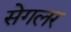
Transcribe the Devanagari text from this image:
सेगलर